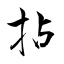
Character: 拈